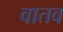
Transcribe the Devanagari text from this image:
वातव